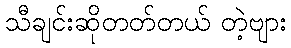
သီချင်းဆိုတတ်တယ် တဲ့ဗျား